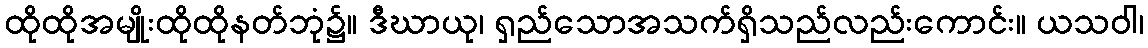
ထိုထိုအမျိုးထိုထိုနတ်ဘုံ၌။ ဒီဃာယု၊ ရှည်သောအသက်ရှိသည်လည်းကောင်း။ ယသဝါ၊